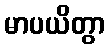
မာပယိတွာ